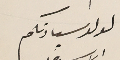
لولد سيادتكم